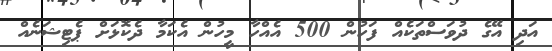
އަދި އޭގެ ދުވަސްތަކެއް ފަހުން 500 އެއްހާ މީހުން އެކަމާ ދެކޮޅަށް ޕެޓިޝަނެއް